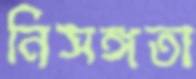
নিসঙ্গতা